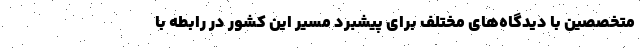
متخصصین با دیدگاه‌های مختلف برای پیشبرد مسیر این کشور در رابطه با